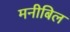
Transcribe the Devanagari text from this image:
मनीबिल